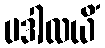
ပဒါလယိံ